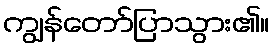
ကျွန်တော်ပြာသွား၏။